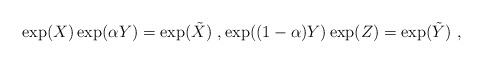
\begin{align*}\exp(X)\exp({\alpha Y})=\exp({\tilde X}) \ , \exp({(1-\alpha) Y}) \exp(Z)=\exp({\tilde Y}) \ ,\end{align*}